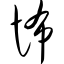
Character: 怖